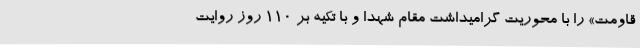
قاومت» را با محوریت گرامیداشت مقام شهدا و با تکیه بر 110 روز روایت‌